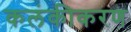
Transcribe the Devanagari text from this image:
कलंकीकरण